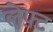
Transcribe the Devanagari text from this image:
लेफ़्ट